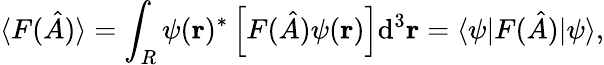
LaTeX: \langle F({\hat{A}})\rangle=\int_{R}\psi(\mathbf{r})^{*}\left[F({\hat{A}})\psi(\mathbf{r})\right]\mathrm{d}^{3}\mathbf{r}=\langle\psi|F({\hat{A}})|\psi\rangle,